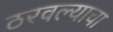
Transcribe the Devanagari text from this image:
ठरवल्याचा